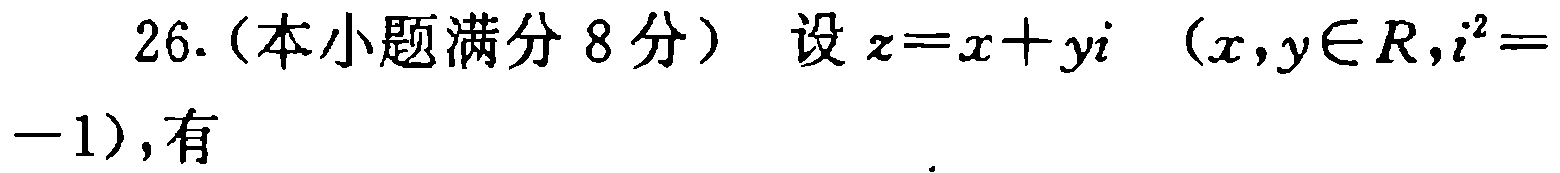
26.（本小题满分 8 分）设\(z = x + yi\)（\(x,y\in R,i^{2} =\)

\(-1\)），有